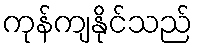
ကုန်ကျနိုင်သည်